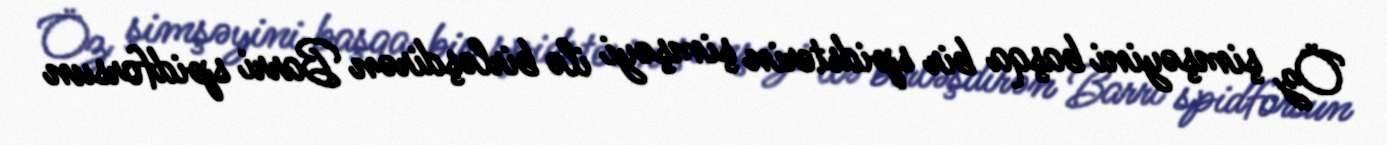
Öz şimşəyini başqa bir spidsterin şimşəyi ilə birləşdirən Barri spidforsun